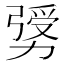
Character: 𠢛